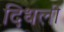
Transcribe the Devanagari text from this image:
दिधली